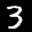
Label: 3